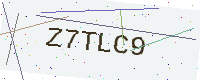
Text: Z7TLC9